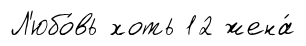
Л'юбо́вь хоть 12 жена́